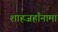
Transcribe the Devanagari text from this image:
शाहजहाँनामा